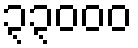
၃၃၀၀၀